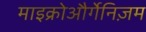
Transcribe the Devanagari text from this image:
माइक्रोऔर्गेनिज़म